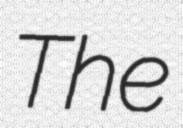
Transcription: The